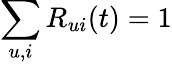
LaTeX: \sum_{u,i}R_{ui}(t)=1